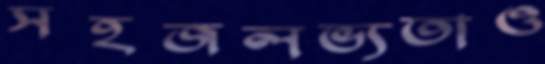
সহজলভ্যতাও